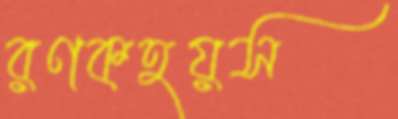
রণকহয়স